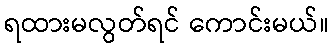
ရထားမလွတ်ရင် ကောင်းမယ်။